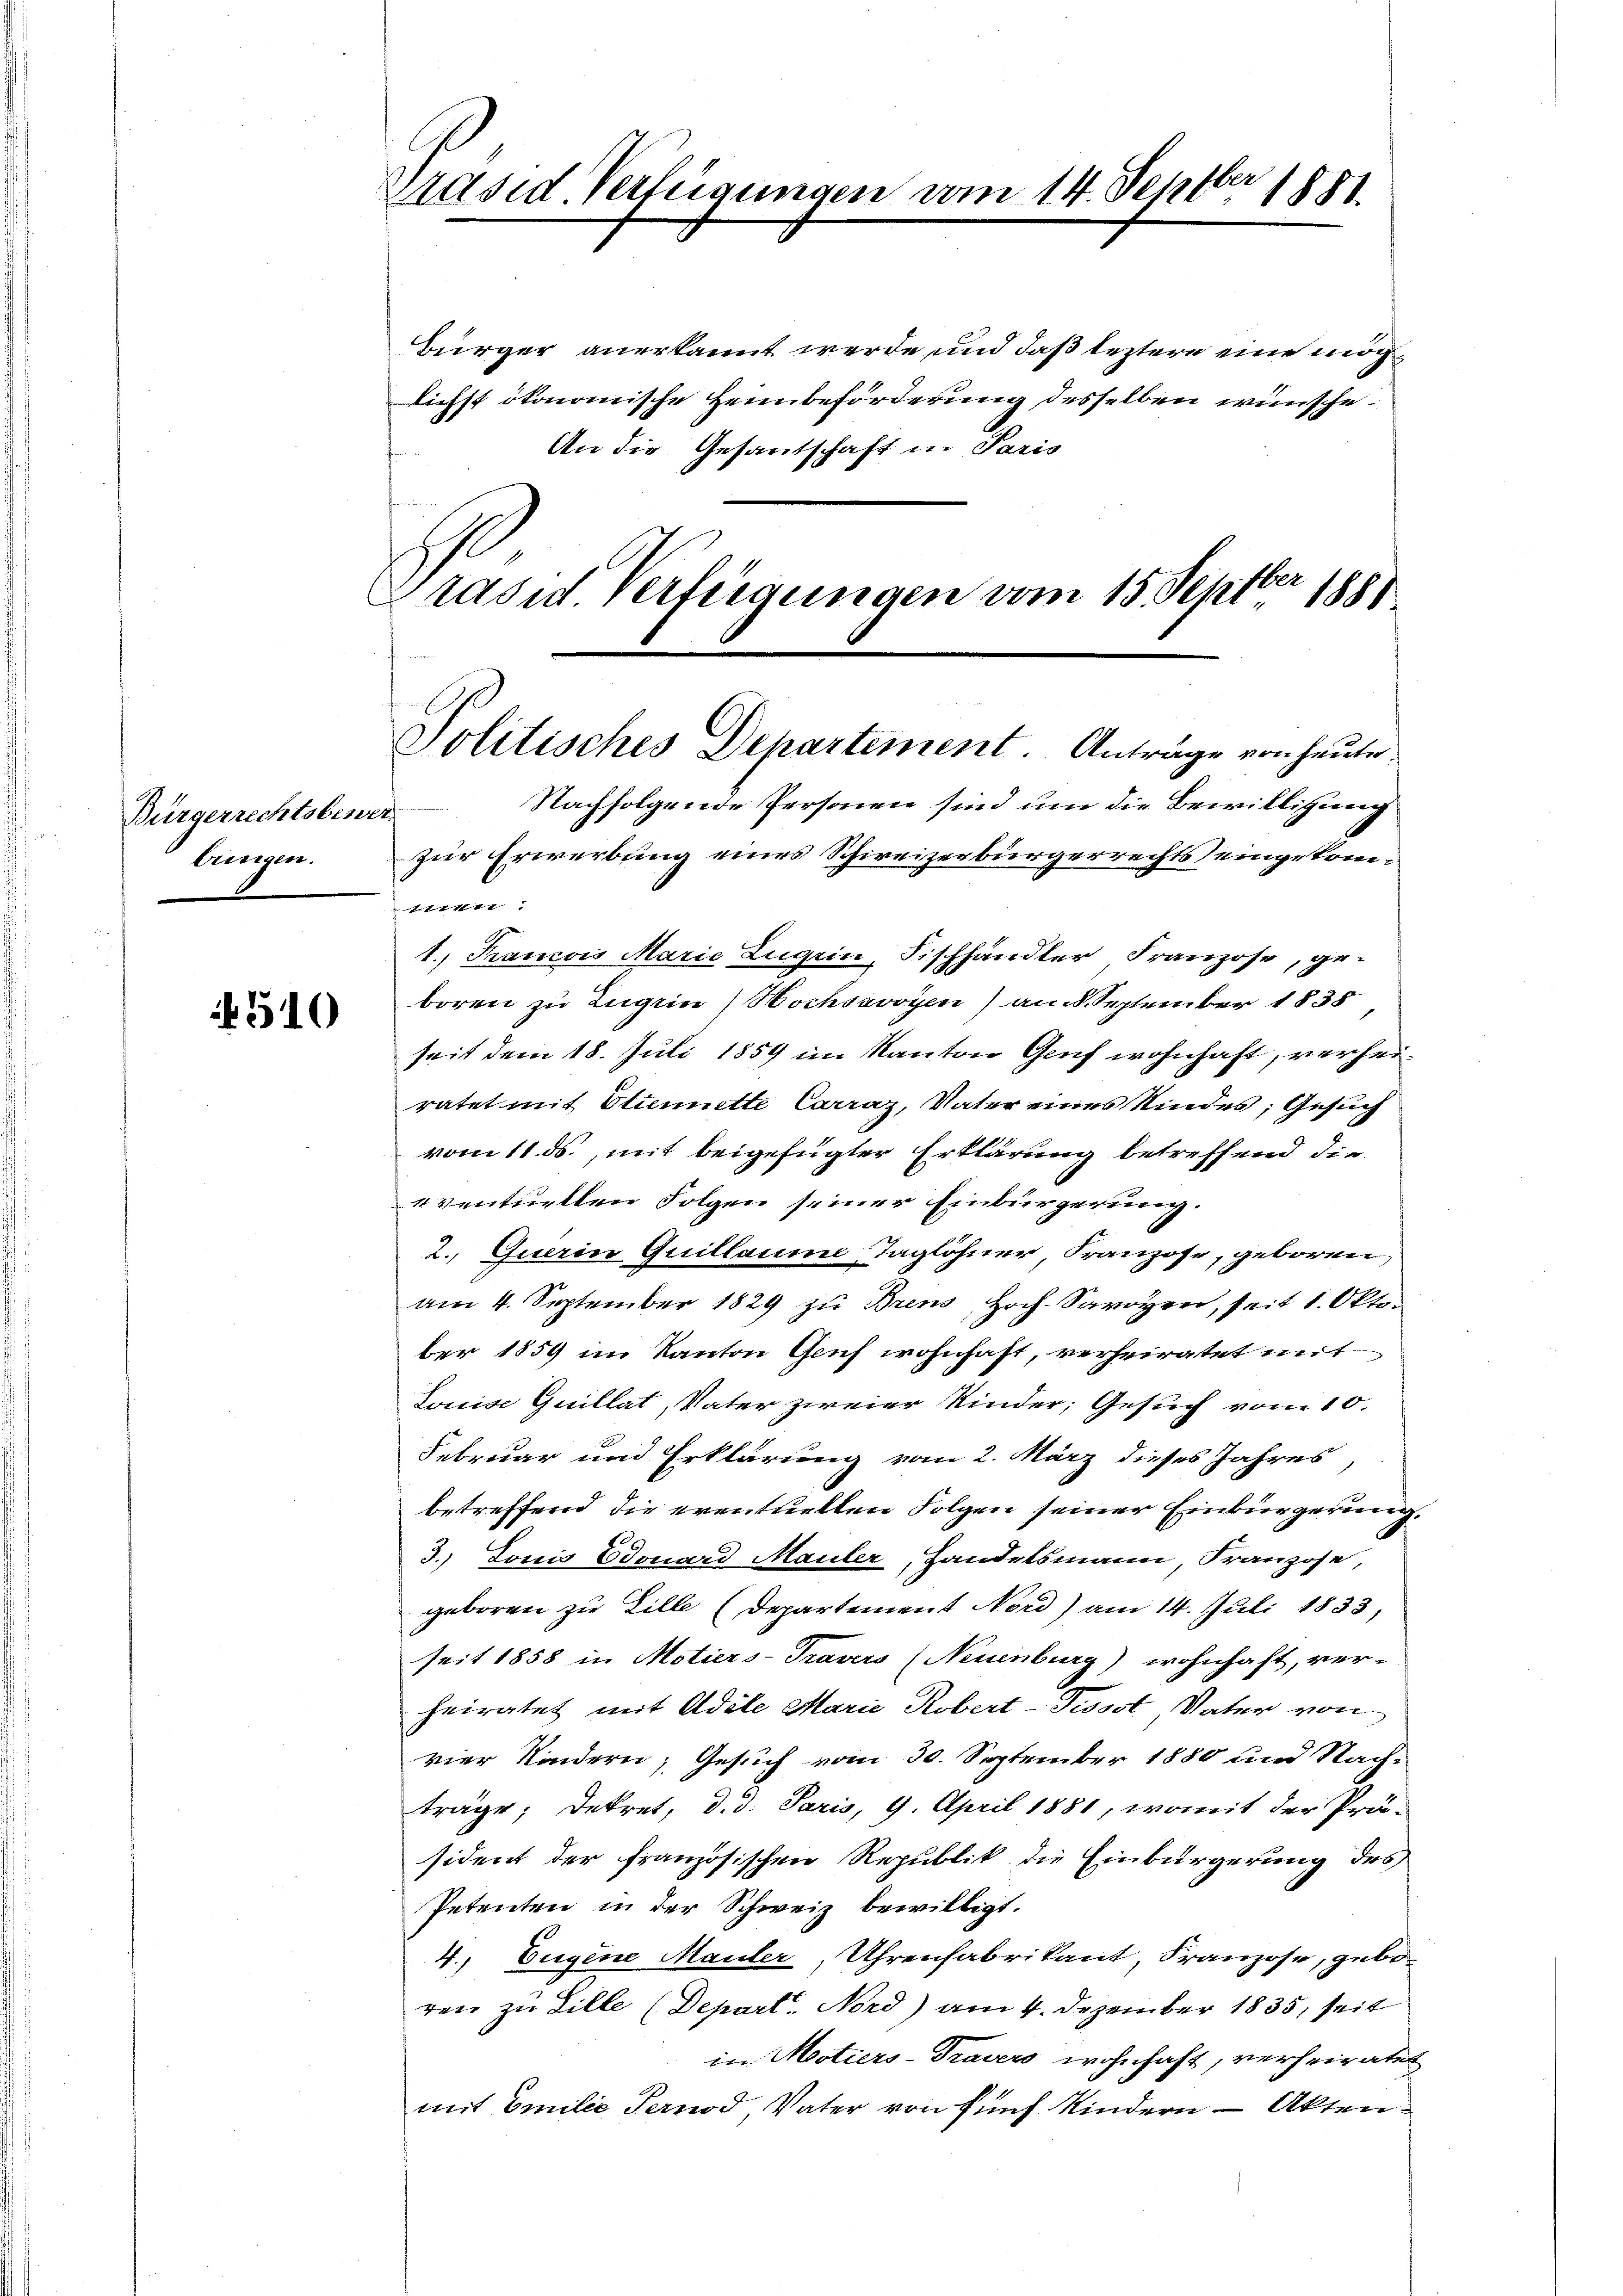
Bürgerrechtsbewer
bringen.

510

Präsid. Verfügungen vom 14. Septbr 1881

Bürger anerkannt werde und daß leztere eine möglichst ökonomische Heimbeförderung desselben wünsche.
An die Gesandtschaft u. Paris
Prase Verfügungen vom 15. Septber 1881

Politisches Departement. Anträge von heute
Nachfolgende Personen sind um die Bewilligung

zur Erwerbung eines Schireizerbürgerrechts eingekom¬

mun.
1. Francois Marie Zugein, Fischhändler Franzose, geboren zu Zugein Hochsavoyen) an 3 September 1835
seit dem 18. Juli 1859 im Kanton Genf wohnhaft, verheiratet mit Etiennette Carraz, Vater eines Kindes; Gesuch
vom 11. ds., mit beigefügter Erklärung betreffend die
1ventuellen Folgen seiner Einbürgerung.
2. Querin Quillaume Taglöhner, Franzose, geboren,
am 4. September 1829 zu Bren, Hoch-Savoyen, seit 1. Oktober 1859 im Kanton Geich wohnhaft, verheiratet mit
Louise Guillat, Vater zweier Kinder, Gesuch vom 10.
Februar und Erklärung vom 2. März dieses Jahres
betreffend die eventuellen Folgen seiner Einbürgerung.
3.) Louis Edouard Mauler, Handelsmann, Franzose,
geboren zu Zille (Departement Nord) am 14. Juli 1833,
seit 1858 in Motiers-Travers (Neuenburg) wohnhaft, ver-
heiratet mit Adele Marie Robert-Tissot Vater von
vier Kindern, Gesuch vom 30. September 1880 und Nachträge; Dekret, d. d. Paris, 9. April 1881, womit der Prä-
sident der französischen Republik die Einbürgerung des
Petenten in der Schweiz bewilligt.
4., Eugene Mauler, Uhrenfabrikant, Franzose, geboren zu Sille (Depart. Nord) am 4. Dezember 1835, seit
in Motiers-Travers wohnhaft, verheiraten
mit Emilie Pernod, Vater von fünf Kindern – Akten¬